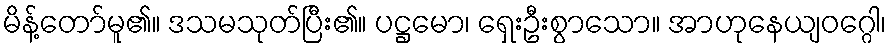
မိန့်တော်မူ၏။ ဒသမသုတ်ပြီး၏။ ပဋ္ဌမော၊ ရှေးဦးစွာသော။ အာဟုနေယျဝဂ္ဂေါ၊